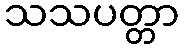
သသပတ္တာ